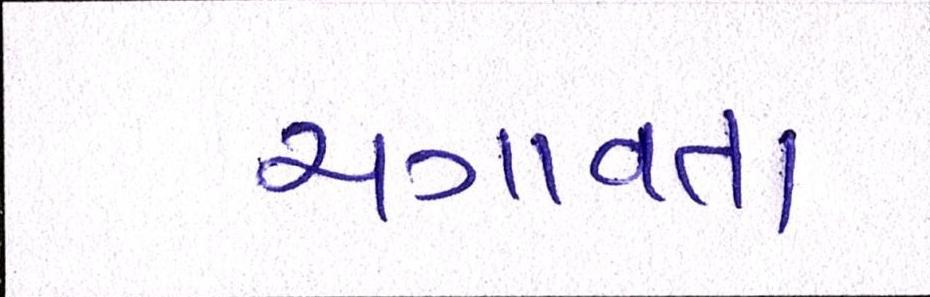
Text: ચગાવતા